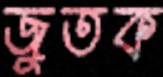
জুতক